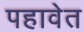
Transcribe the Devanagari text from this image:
पहावेत